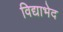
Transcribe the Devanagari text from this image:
विद्याभेद